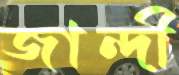
জান্দী